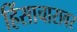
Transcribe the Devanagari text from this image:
हिंसाचारावर